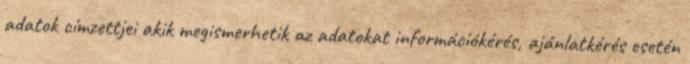
adatok címzettjei akik megismerhetik az adatokat információkérés, ajánlatkérés esetén